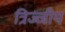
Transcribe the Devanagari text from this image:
त्रिज्जीय